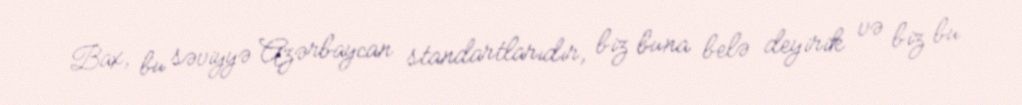
Bax, bu səviyyə Azərbaycan standartlarıdır, biz buna belə deyirik və biz bu